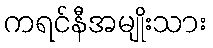
ကရင်နီအမျိုးသား